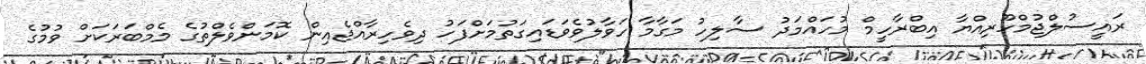
ރައީސުލްޖުމްހޫރިއްޔާ އިބްރާހީމް މުހައްމަދު ސާލިހު މަގާމާ ހަވާލުވެވަޑައިގަތުމަށްފަހު ދިވެހިރާއްޖެއިން ކޮމަންވެލްތުގެ މެމްބަރަކަށް ވުމުގެ